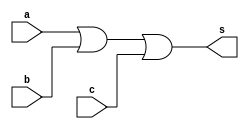



// ------------------------- 
// Exercicio 01 - 05
// Nome: Lorena Danielle Gonalves Bento 
// ------------------------- 
// ------------------------- 
// -- or3  gate 
// -------------------------  
module or3gate (output s, input a, input b, input c); 
assign s = (a|b|c) ; // criar vinculo permanente 
// (dependencia) 
endmodule // or3gate 
// --------------------- 
// -- test or3  gate 
// --------------------- 
module testor3gate; 
// ------------------------- dados locais 
reg a, b, c; // definir registrador 
// (variavel independente) 
wire s; // definir conexao (fio) 
// (variavel dependente )
// ------------------------- instancia 
or3gate OR3 (s, a, b, c); 
// ------------------------- preparacao 
initial begin:start 
a=0; b=0; c=0;
end 
// ------------------------- parte principal 
initial begin:main 
$display("Exercicio01 - Lorena Danielle Gonalves Bento - 435049"); 
$display("Test or3 gate"); 
$display("\n (a | b | c)  = s\n"); 
#1 $display("%b %b %b= %b", a, b, c, s); 
a=0; b=0; c=1;
#1 $display("%b %b %b= %b", a, b, c, s); 
a=0; b=1; c=0;
#1 $display("%b %b %b= %b", a, b, c, s);  
a=0; b=1; c=1; 
#1 $display("%b %b %b= %b", a, b, c, s); 
a=1; b=0; c=0;  
#1 $display("%b %b %b= %b", a, b, c, s); 
a=1; b=0; c=1;
#1 $display("%b %b %b= %b", a, b, c, s);
a=1; b=1; c=0;
#1 $display("%b %b %b= %b", a, b, c, s);
a=1; b=1; c=1;
#1 $display("%b %b %b= %b", a, b, c, s);
a=1; b=1; c=1;

end 
endmodule // testor3gate